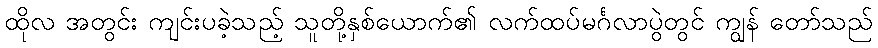
ထိုလ အတွင်း ကျင်းပခဲ့သည့် သူတို့နှစ်ယောက်၏ လက်ထပ်မင်္ဂလာပွဲတွင် ကျွန် တော်သည်